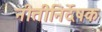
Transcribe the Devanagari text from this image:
नीतीनिर्देषक